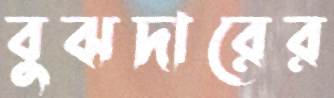
বুঝদারের